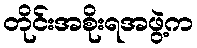
တိုင်းအစိုးရအဖွဲ့က